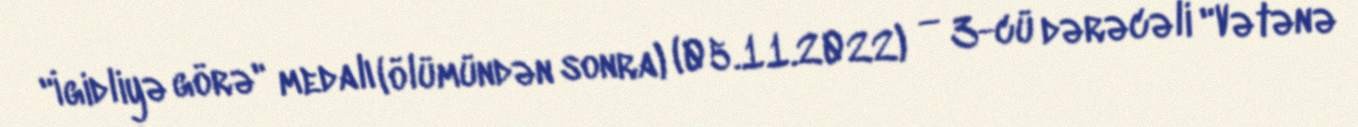
"İgidliyə görə" medalı (ölümündən sonra) (05.11.2022) — 3-cü dərəcəli "Vətənə